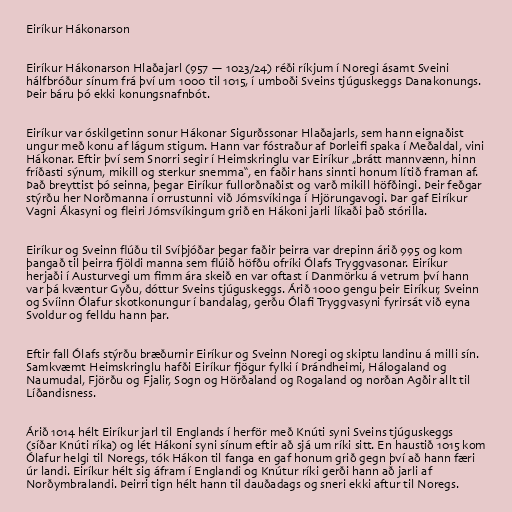
Eiríkur Hákonarson

Eiríkur Hákonarson Hlaðajarl (957 — 1023/24) réði ríkjum í Noregi ásamt Sveini
hálfbróður sínum frá því um 1000 til 1015, í umboði Sveins tjúguskeggs Danakonungs.
Þeir báru þó ekki konungsnafnbót.

Eiríkur var óskilgetinn sonur Hákonar Sigurðssonar Hlaðajarls, sem hann eignaðist
ungur með konu af lágum stigum. Hann var fóstraður af Þorleifi spaka í Meðaldal, vini
Hákonar. Eftir því sem Snorri segir í Heimskringlu var Eiríkur „brátt mannvænn, hinn
fríðasti sýnum, mikill og sterkur snemma“, en faðir hans sinnti honum lítið framan af.
Það breyttist þó seinna, þegar Eiríkur fullorðnaðist og varð mikill höfðingi. Þeir feðgar
stýrðu her Norðmanna í orrustunni við Jómsvíkinga í Hjörungavogi. Þar gaf Eiríkur
Vagni Ákasyni og fleiri Jómsvíkingum grið en Hákoni jarli líkaði það stórilla.

Eiríkur og Sveinn flúðu til Svíþjóðar þegar faðir þeirra var drepinn árið 995 og kom
þangað til þeirra fjöldi manna sem flúið höfðu ofríki Ólafs Tryggvasonar. Eiríkur
herjaði í Austurvegi um fimm ára skeið en var oftast í Danmörku á vetrum því hann
var þá kvæntur Gyðu, dóttur Sveins tjúguskeggs. Árið 1000 gengu þeir Eiríkur, Sveinn
og Svíinn Ólafur skotkonungur í bandalag, gerðu Ólafi Tryggvasyni fyrirsát við eyna
Svoldur og felldu hann þar.

Eftir fall Ólafs stýrðu bræðurnir Eiríkur og Sveinn Noregi og skiptu landinu á milli sín.
Samkvæmt Heimskringlu hafði Eiríkur fjögur fylki í Þrándheimi, Hálogaland og
Naumudal, Fjörðu og Fjalir, Sogn og Hörðaland og Rogaland og norðan Agðir allt til
Líðandisness.

Árið 1014 hélt Eiríkur jarl til Englands í herför með Knúti syni Sveins tjúguskeggs
(síðar Knúti ríka) og lét Hákoni syni sínum eftir að sjá um ríki sitt. En haustið 1015 kom
Ólafur helgi til Noregs, tók Hákon til fanga en gaf honum grið gegn því að hann færi
úr landi. Eiríkur hélt sig áfram í Englandi og Knútur ríki gerði hann að jarli af
Norðymbralandi. Þeirri tign hélt hann til dauðadags og sneri ekki aftur til Noregs.